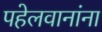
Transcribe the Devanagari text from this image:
पहेलवानांना